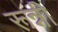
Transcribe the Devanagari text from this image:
रून्नी